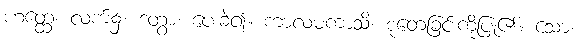
ဟတ္ထေ၊ လက်၌။ ဒတွာ၊ ပေးခဲ့၍။ ကာလမကာသိ၊ စုတေခြင်းကိုပြု၏။ သော၊